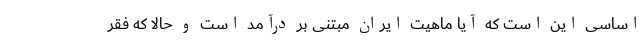
اساسی این است که آیا ماهیت ایران مبتنی بر درآمد است و حالا که فقر